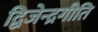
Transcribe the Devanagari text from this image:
द्विजेन्द्रगीति